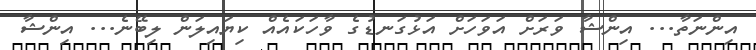
އިންނަތާ... އިންޝާ ވަރަށް އަވަހަށް އަޅުގަނޑުގެ ވާހަަކައެއް ކިޔައިލަން ލިބޭނެ... އިންޝާ